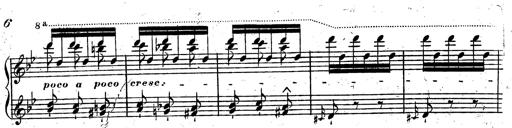
Title: Rondeau fantastique sur un thÃ¨me espagnol
Composer: Franz Liszt